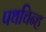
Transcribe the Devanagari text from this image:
पथचिन्ह